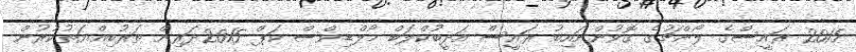
2015 ރައީސްގެ ލޯންޗުގެ ގޮވުންނައިބު ރައީސް އަދީބުކްލަބް މޯލްޑިވްސް ކަޕް 2015ދަރިން ތަރުބިއްޔަތުކުރުން